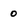
Character: 0